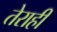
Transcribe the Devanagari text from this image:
तेराही